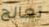
تعالج